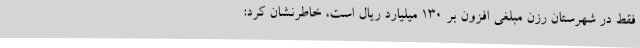
فقط در شهرستان رزن مبلغی افزون بر 130 میلیارد ریال است، خاطرنشان کرد: